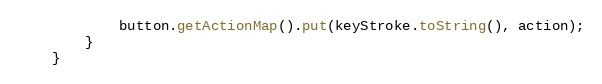
Language: Java
			button.getActionMap().put(keyStroke.toString(), action);
		}
	}